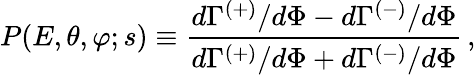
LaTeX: P(E,\theta,\varphi;s)\equiv\frac{d\Gamma^{(+)}/d\Phi-d\Gamma^{(-)}/d\Phi}{d\Gamma^{(+)}/d\Phi+d\Gamma^{(-)}/d\Phi}\, ,